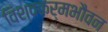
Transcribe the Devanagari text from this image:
विश्वकर्मभौवन